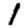
Digit: 1